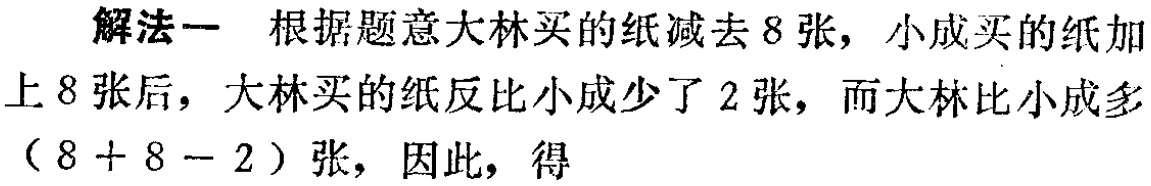
解法一 根据题意大林买的纸减去 8 张，小成买的纸加上 8 张后，大林买的纸反比小成少了 2 张，而大林比小成多$(8 + 8 - 2)$张，因此，得